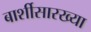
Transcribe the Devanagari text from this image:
बार्शीसारख्या